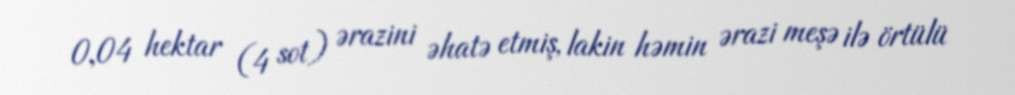
0,04 hektar (4 sot) ərazini əhatə etmiş, lakin həmin ərazi meşə ilə örtülü